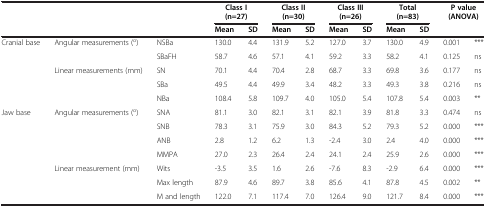
<table><thead><tr><td colspan="3"><b> </b></td><td colspan="2"><b>Class I (n=27)</b></td><td colspan="2"><b>Class II (n=30)</b></td><td colspan="2"><b>Class III (n=26)</b></td><td colspan="2"><b>Total (n=83)</b></td><td colspan="2"><b>P value (ANOVA)</b></td></tr><tr><td colspan="3"><b> </b></td><td><b>Mean</b></td><td><b>SD</b></td><td><b>Mean</b></td><td><b>SD</b></td><td><b>Mean</b></td><td><b>SD</b></td><td><b>Mean</b></td><td><b>SD</b></td><td><b> </b></td><td><b> </b></td></tr></thead><tbody><tr><td rowspan="5">Cranial base</td><td rowspan="2">Angular measurements (<sup>o</sup>)</td><td>NSBa</td><td>130.0</td><td>4.4</td><td>131.9</td><td>5.2</td><td>127.0</td><td>3.7</td><td>130.0</td><td>4.9</td><td>0.001</td><td>***</td></tr><tr><td>SBaFH</td><td>58.7</td><td>4.6</td><td>57.1</td><td>4.1</td><td>59.2</td><td>3.3</td><td>58.2</td><td>4.1</td><td>0.125</td><td>ns</td></tr><tr><td rowspan="3">Linear measurements (mm)</td><td>SN</td><td>70.1</td><td>4.4</td><td>70.4</td><td>2.8</td><td>68.7</td><td>3.3</td><td>69.8</td><td>3.6</td><td>0.177</td><td>ns</td></tr><tr><td>SBa</td><td>49.5</td><td>4.4</td><td>49.9</td><td>3.4</td><td>48.2</td><td>3.3</td><td>49.3</td><td>3.8</td><td>0.216</td><td>ns</td></tr><tr><td>NBa</td><td>108.4</td><td>5.8</td><td>109.7</td><td>4.0</td><td>105.0</td><td>5.4</td><td>107.8</td><td>5.4</td><td>0.003</td><td>**</td></tr><tr><td rowspan="6">Jaw base</td><td rowspan="4">Angular measurements (<sup>o</sup>)</td><td>SNA</td><td>81.1</td><td>3.0</td><td>82.1</td><td>3.1</td><td>82.1</td><td>3.9</td><td>81.8</td><td>3.3</td><td>0.474</td><td>ns</td></tr><tr><td>SNB</td><td>78.3</td><td>3.1</td><td>75.9</td><td>3.0</td><td>84.3</td><td>5.2</td><td>79.3</td><td>5.2</td><td>0.000</td><td>***</td></tr><tr><td>ANB</td><td>2.8</td><td>1.2</td><td>6.2</td><td>1.3</td><td>-2.4</td><td>3.0</td><td>2.4</td><td>4.0</td><td>0.000</td><td>***</td></tr><tr><td>MMPA</td><td>27.0</td><td>2.3</td><td>26.4</td><td>2.4</td><td>24.1</td><td>2.4</td><td>25.9</td><td>2.6</td><td>0.000</td><td>***</td></tr><tr><td rowspan="2">Linear measurement (mm)</td><td>Wits</td><td>-3.5</td><td>3.5</td><td>1.6</td><td>2.6</td><td>-7.6</td><td>8.3</td><td>-2.9</td><td>6.4</td><td>0.000</td><td>***</td></tr><tr><td>Max length</td><td>87.9</td><td>4.6</td><td>89.7</td><td>3.8</td><td>85.6</td><td>4.1</td><td>87.8</td><td>4.5</td><td>0.002</td><td>**</td></tr><tr><td> </td><td> </td><td>M and length</td><td>122.0</td><td>7.1</td><td>117.4</td><td>7.0</td><td>126.4</td><td>9.0</td><td>121.7</td><td>8.4</td><td>0.000</td><td>***</td></tr></tbody></table>